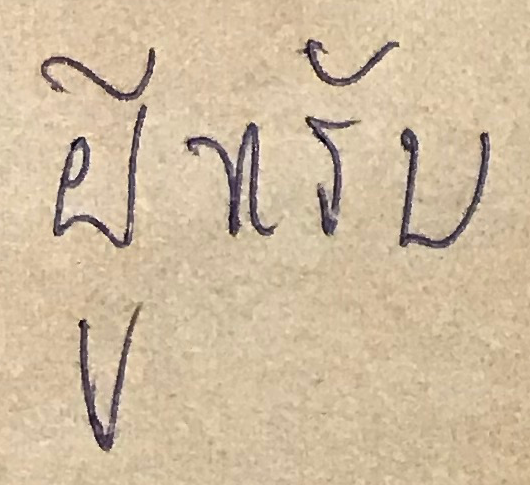
ผู้หรับ